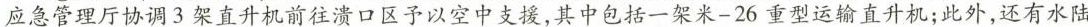
应急管理厅协调3架直升机前往溃口区予以空中支援，其中包括一架米-26重型运输直升机；此外，还有水陆